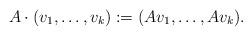
LaTeX: \begin{align*}A \cdot(v_{1}, \dots, v_{k}) := (Av_{1}, \dots, Av_{k}).\end{align*}